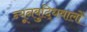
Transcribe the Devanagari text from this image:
न्यूनबुद्धिवालों